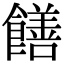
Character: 饍